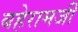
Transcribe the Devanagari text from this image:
बहेरामजी